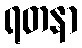
ရတနာ